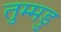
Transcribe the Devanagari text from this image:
तुम्मडु